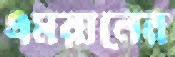
এমরানের